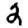
Digit: 2